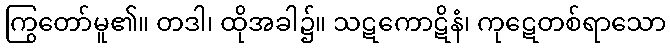
ကြွတော်မူ၏။ တဒါ၊ ထိုအခါ၌။ သဋကောဋိနံ၊ ကုဋေတစ်ရာသော